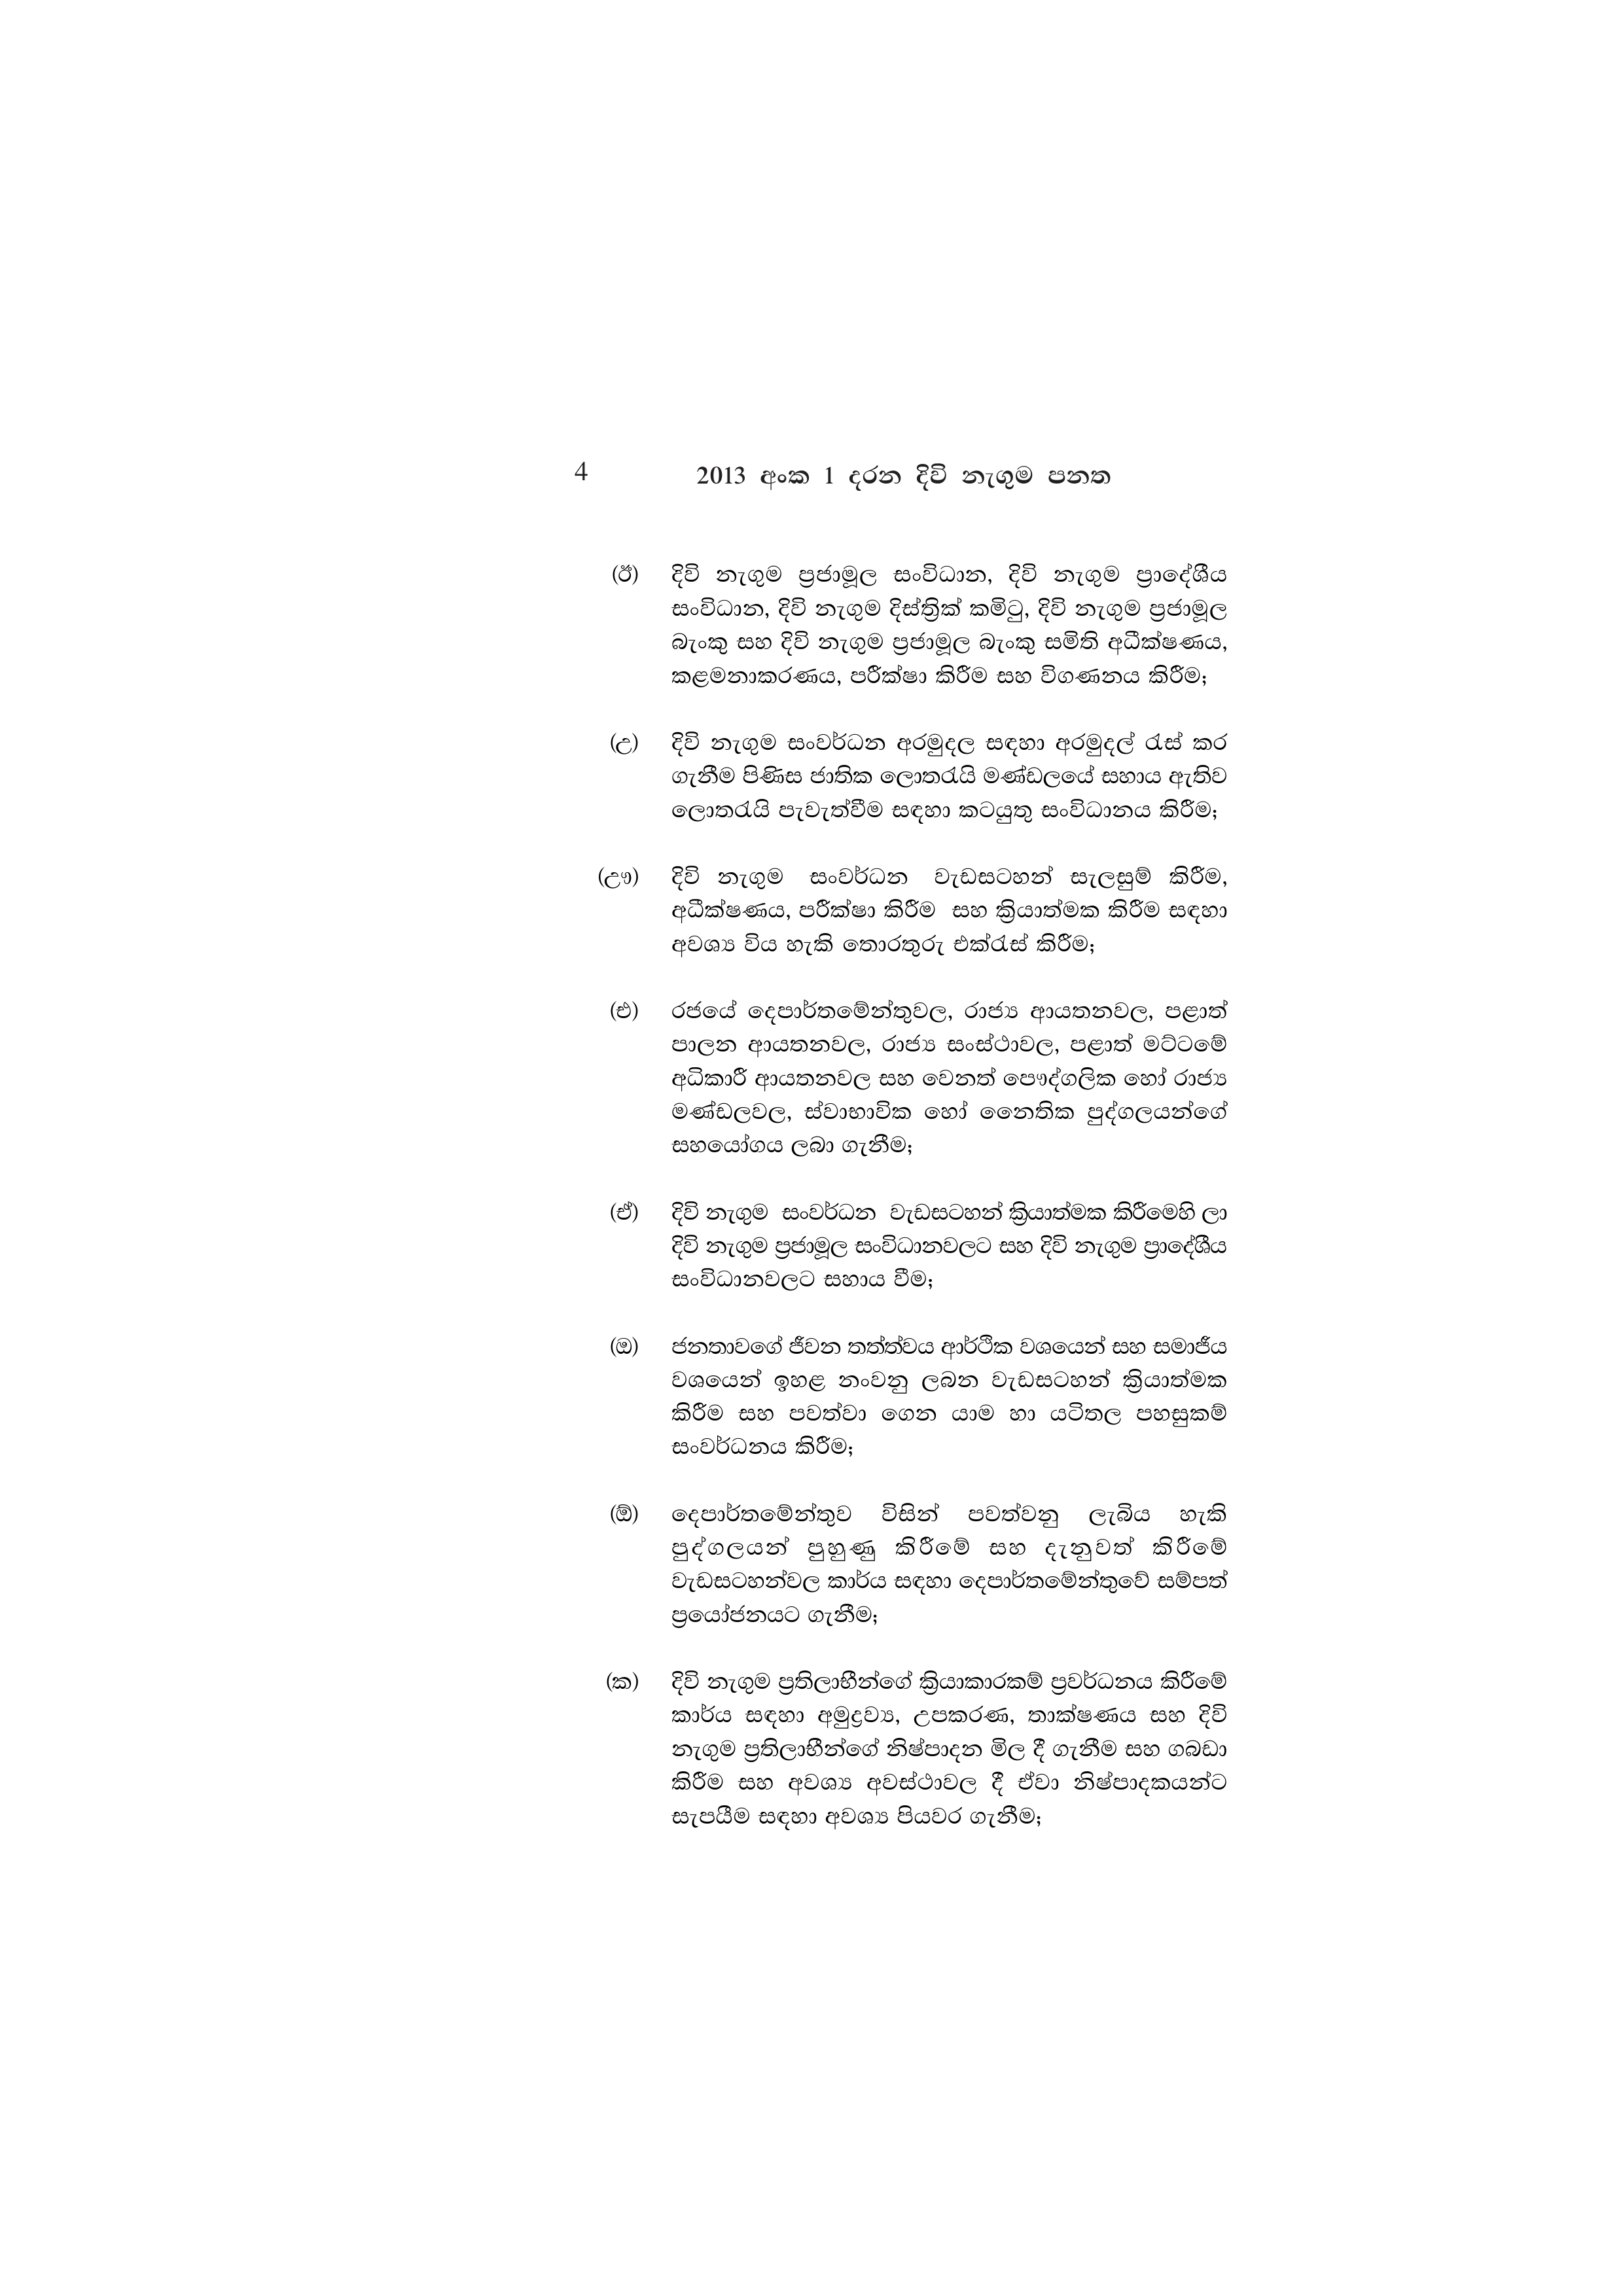
4 2013 අංක 1 දරන දිවි නැගුම පනත

(ඊ) දිවි නැගුම ප්‍රජාමූල සංවිධාන, දිවි නැගුම ප්‍රාදේශීය
සංවිධාන, දිවි නැගුම දිස්ත්‍රික් කමිටු, දිවි නැගුම ප්‍රජාමූල
බැංකු සහ දිවි නැගුම ප්‍රජාමූල බැංකු සමිති අධීක්ෂණය,
කළමනාකරණය, පරීක්ෂා කිරීම සහ විගණනය කිරීම;

(උ) දිවි නැගුම සංවර්ධන අරමුදල සඳහා අරමුදල් රැස් කර
ගැනීම පිණිස ජාතික ලොතරැයි මණ්ඩලයේ සහාය ඇතිව
ලොතරැයි පැවැත්වීම සඳහා කටයුතු සංවිධානය කිරීම;

(ඌ) දිවි නැගුම සංවර්ධන වැඩසටහන් සැලසුම් කිරීම,
අධීක්ෂණය, පරීක්ෂා කිරීම සහ ක්‍රියාත්මක කිරීම සඳහා
අවශ්‍ය විය හැකි තොරතුරු එක්රැස් කිරීම;

(එ) රජයේ දෙපාර්තමේන්තුවල, රාජ්‍ය ආයතනවල, පළාත්
පාලන ආයතනවල, රාජ්‍ය සංස්ථාවල, පළාත් මට්ටමේ
අධිකාරී ආයතනවල සහ වෙනත් පෞද්ගලික හෝ රාජ්‍ය
මණ්ඩලවල, ස්වාභාවික හෝ නෛතික පුද්ගලයන්ගේ
සහයෝගය ලබා ගැනීම;

(ඒ) දිවි නැගුම සංවර්ධන වැඩසටහන් ක්‍රියාත්මක කිරීමෙහි ලා
දිවි නැගුම ප්‍රජාමූල සංවිධානවලට සහ දිවි නැගුම ප්‍රාදේශීය
සංවිධානවලට සහාය වීම;

(ඔ) ජනතාවගේ ජීවන තත්ත්වය ආර්ථික වශයෙන් සහ සමාජීය
වශයෙන් ඉහළ නංවනු ලබන වැඩසටහන් ක්‍රියාත්මක
කිරීම සහ පවත්වා ගෙන යාම හා යටිතල පහසුකම්
සංවර්ධනය කිරීම;

(ඕ) දෙපාර්තමේන්තුව විසින් පවත්වනු ලැබිය හැකි
පුද්ගලයන් පුහුණු කිරීමේ සහ දැනුවත් කිරීමේ
වැඩසටහන්වල කාර්ය සඳහා දෙපාර්තමේන්තුවේ සම්පත්
ප්‍රයෝජනයට ගැනීම;

(ක) දිවි නැගුම ප්‍රතිලාභීන්ගේ ක්‍රියාකාරකම් ප්‍රවර්ධනය කිරීමේ
කාර්ය සඳහා අමුද්‍රව්‍ය, උපකරණ, තාක්ෂණය සහ දිවි
නැගුම ප්‍රතිලාභීන්ගේ නිෂ්පාදන මිල දී ගැනීම සහ ගබඩා
කිරීම සහ අවශ්‍ය අවස්ථාවල දී ඒවා නිෂ්පාදකයන්ට
සැපයීම සඳහා අවශ්‍ය පියවර ගැනීම;